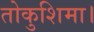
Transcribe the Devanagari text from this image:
तोकुशिमा।